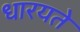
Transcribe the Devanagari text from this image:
धारयते